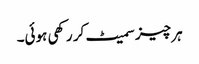
ہر چیز سمیٹ کر رکھی ہوئی۔